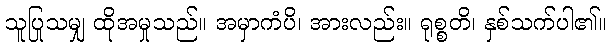
သူပြုသမျှ ထိုအမှုသည်။ အမှာကံပိ၊ အားလည်း။ ရုစ္စတိ၊ နှစ်သက်ပါ၏။